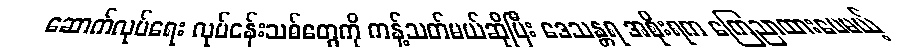
ဆောက်လုပ်ရေး လုပ်ငန်းသစ်တွေကို ကန့်သတ်မယ်ဆိုပြီး ဒေသန္တရ အစိုးရက ကြေညာထားပေမယ့်